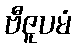
ဗီဇူပမံ